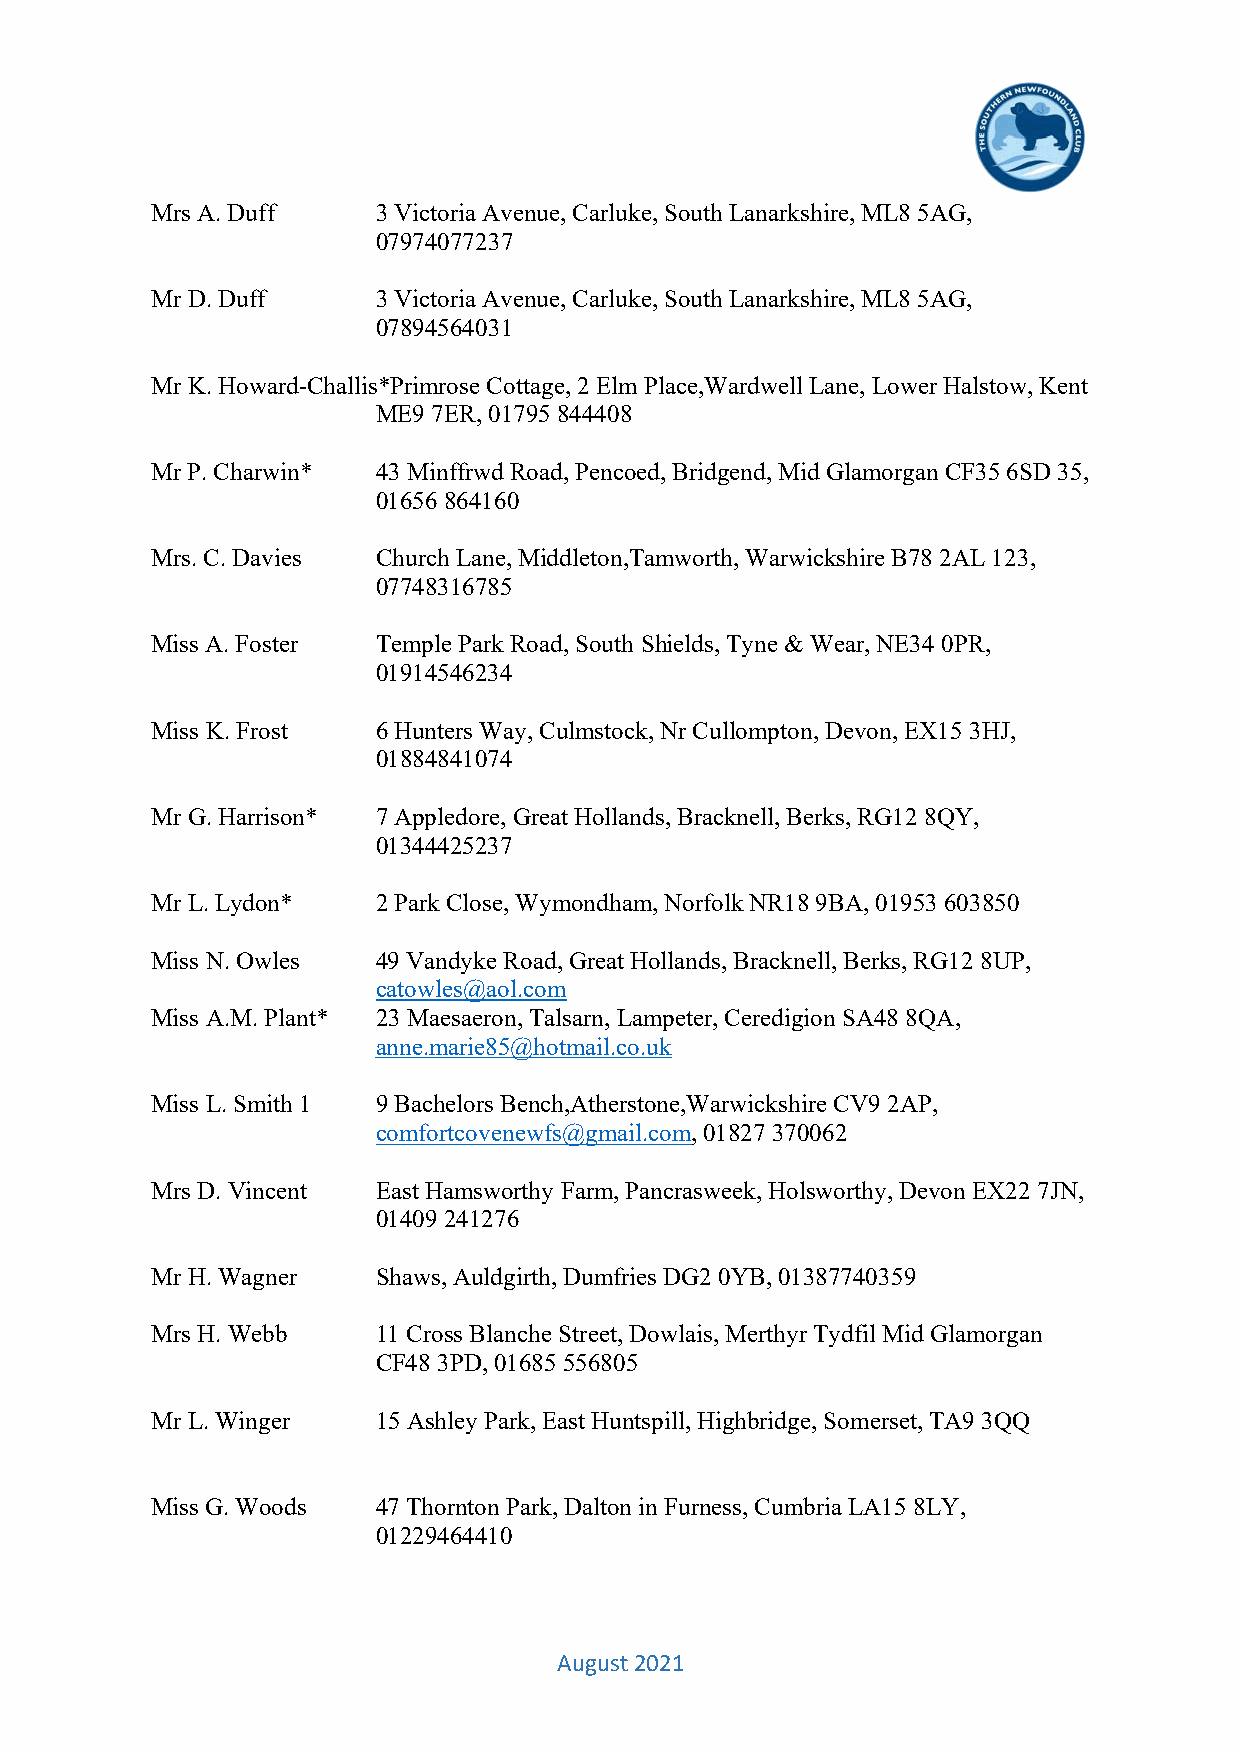
Mrs A. Duff    3 Victoria Avenue, Carluke, South Lanarkshire, ML8 5AG,
 07974077237
 Mr D. Duff     3 Victoria Avenue, Carluke, South Lanarkshire, ML8 5AG,
 07894564031
 Mr K. Howard-Challis*Primrose Cottage, 2 Elm Place,Wardwell Lane, Lower Halstow, Kent
 ME9 7ER, 01795 844408
 Mr P. Charwin* 43 Minffrwd Road, Pencoed, Bridgend, Mid Glamorgan CF35 6SD 35,
 01656 864160
 Mrs. C. Davies Church Lane, Middleton,Tamworth, Warwickshire B78 2AL 123,
 07748316785
 Miss A. Foster Temple Park Road, South Shields, Tyne & Wear, NE34 0PR,
 01914546234
 Miss K. Frost  6 Hunters Way, Culmstock, Nr Cullompton, Devon, EX15 3HJ,
 01884841074
 Mr G. Harrison* 7 Appledore, Great Hollands, Bracknell, Berks, RG12 8QY,
 01344425237
 Mr L. Lydon*   2 Park Close, Wymondham, Norfolk NR18 9BA, 01953 603850
 Miss N. Owles  49 Vandyke Road, Great Hollands, Bracknell, Berks, RG12 8UP,
 catowles@aol.com
 Miss A.M. Plant* 23 Maesaeron, Talsarn, Lampeter, Ceredigion SA48 8QA,
 anne.marie85@hotmail.co.uk
 Miss L. Smith 1 9 Bachelors Bench,Atherstone,Warwickshire CV9 2AP,
 comfortcovenewfs@gmail.com, 01827 370062
 Mrs D. Vincent East Hamsworthy Farm, Pancrasweek, Holsworthy, Devon EX22 7JN,
 01409 241276
 Mr H. Wagner   Shaws, Auldgirth, Dumfries DG2 0YB, 01387740359
 Mrs H. Webb    11 Cross Blanche Street, Dowlais, Merthyr Tydfil Mid Glamorgan
 CF48 3PD, 01685 556805
 Mr L. Winger   15 Ashley Park, East Huntspill, Highbridge, Somerset, TA9 3QQ
 Miss G. Woods  47 Thornton Park, Dalton in Furness, Cumbria LA15 8LY,
 01229464410
 August 2021